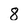
Character: 8